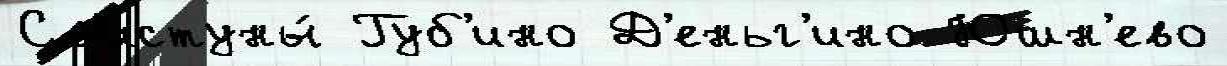
Св'истуны́ Губ'ино Д'еньг'ино Юшн'ево